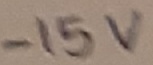
Text: -15V